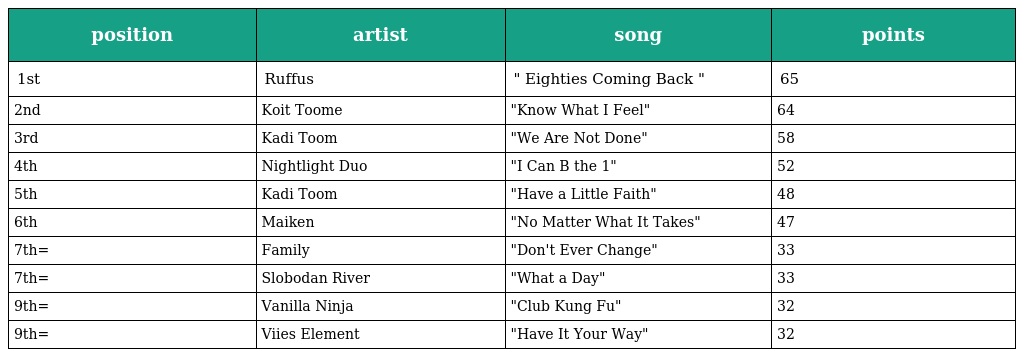
| position | artist | song | points |
 | --- | --- | --- | --- |
 | 1st | Ruffus | " Eighties Coming Back " | 65 |
 | 2nd | Koit Toome | "Know What I Feel" | 64 |
 | 3rd | Kadi Toom | "We Are Not Done" | 58 |
 | 4th | Nightlight Duo | "I Can B the 1" | 52 |
 | 5th | Kadi Toom | "Have a Little Faith" | 48 |
 | 6th | Maiken | "No Matter What It Takes" | 47 |
 | 7th= | Family | "Don't Ever Change" | 33 |
 | 7th= | Slobodan River | "What a Day" | 33 |
 | 9th= | Vanilla Ninja | "Club Kung Fu" | 32 |
 | 9th= | Viies Element | "Have It Your Way" | 32 |